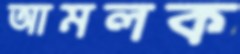
আমলক